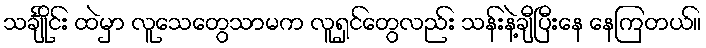
သင်္ချိုင်း ထဲမှာ လူသေတွေသာမက လူရှင်တွေလည်း သန်းနဲ့ချီပြီးနေ နေကြတယ်။